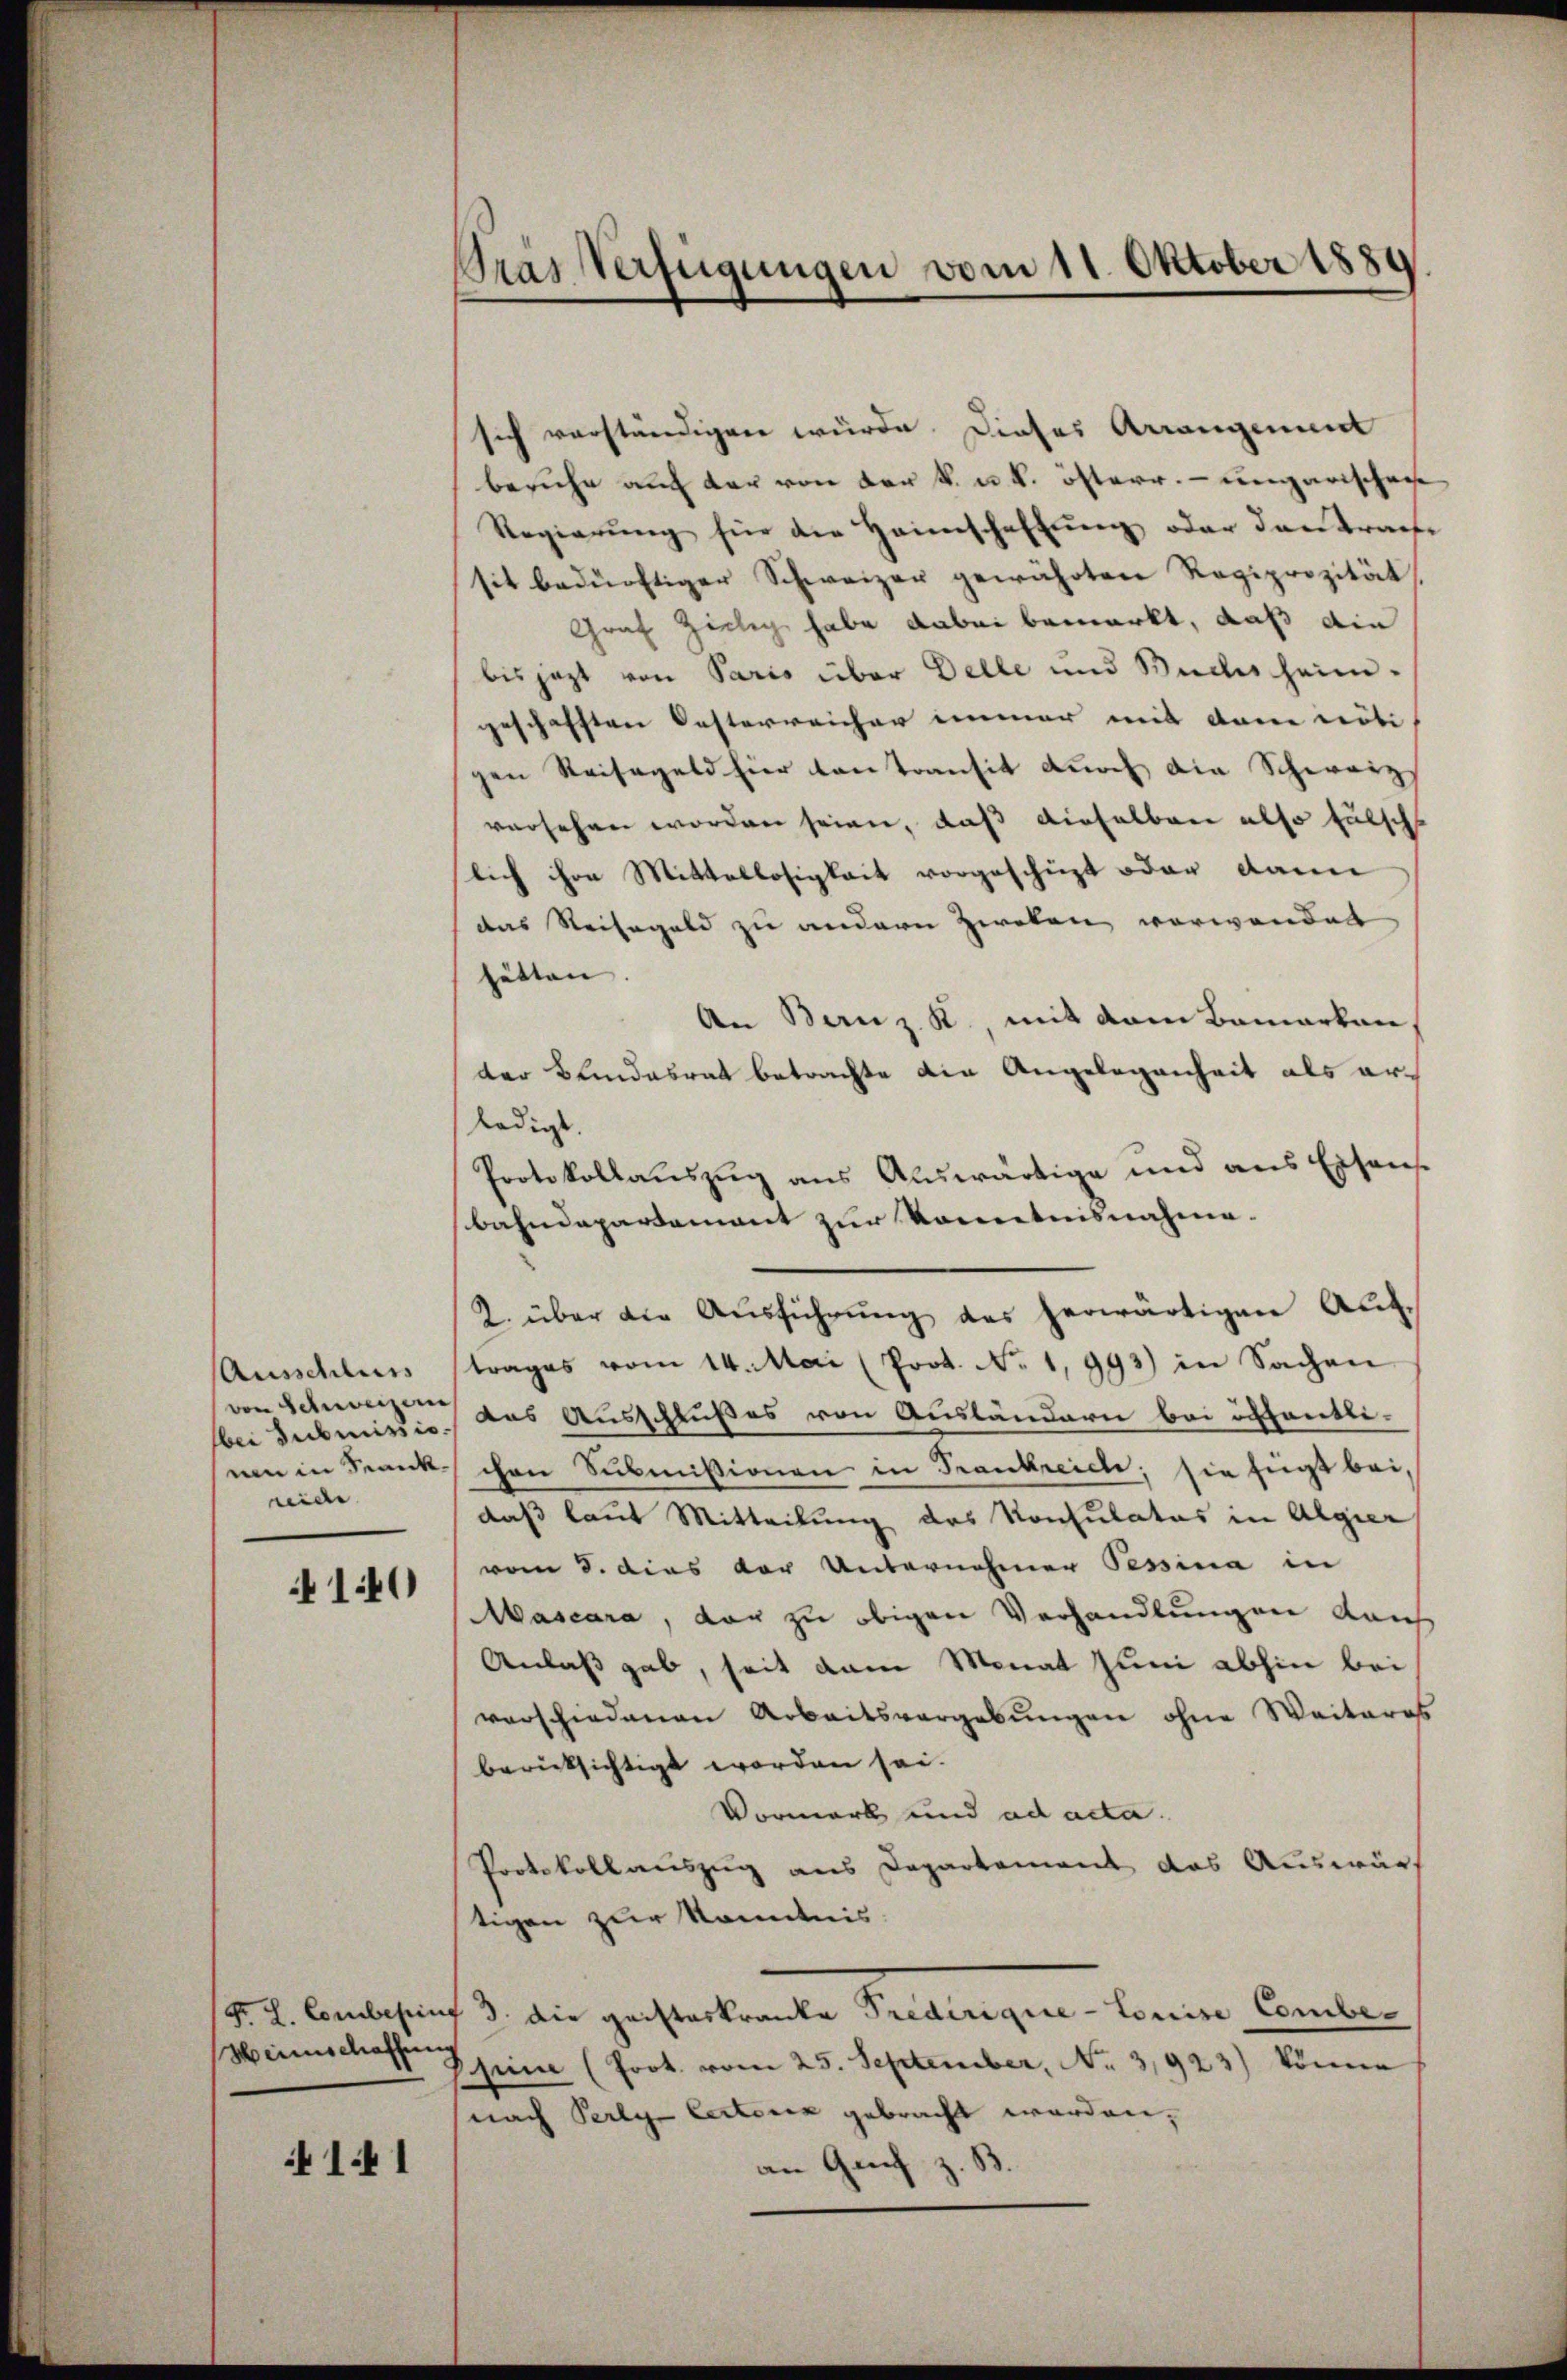
Ausschluss
von Schweizern
bei Subruissio
un in Sank
nide

140

F. L. Combesing
Hirnschaffung

1.41

Pras Verfügungen vom 11. Oktober 1889

sich vorständigen würde. Dieses Arrangenunt
beruhe auf der von der k. u. k. österr. ungarischen
Regierŭng für die Heimschaftung oder den trache
sit bedürftiger Schweizer gewährten Ragiprozität
Graf Zichy habe dabei bemerkt, daß ein
bis jezt von Paris über Delle und Buches heim.
geschafften Oesterreicher immer mit dem nöti
gen Reisegeld hier contransit durch die Schweiz
versehen worden seien, daß dieselben also fälsch
lich ihre Mittellosigkeit vorgeschieht oder dann
das Reisegeld zu andern Zweken verwendet
hätten. |
An Banz K. mit dem Bamarkan
der Bundesrat betrachte die Angelegenheit als erledigt
Protokollauszug aus Auswärtige und aus Eisens
bahndepartement zur Kenntnisnahme¬
2. über die Aŭsführŭng des herwärtigen Auf-
trages vom 14. Mai (Prot. No 1,993) in Sachen
das Ausschlußes von Ausländern bei öffentlichen Submissionen in Frankreiche; sie fügt bei,
daß laut Mitteilung des Konsulatus in Algier
vom 8. dies der Unternehmen Pessina in
Mascara, dar zu obigen Verhandlungen Rauch
Anlaß gab, seit dem Monat Juni abhin bei
verschiedenen Arbeitsvergebungen ohne Weiteres
berücksichtigt worden sei.
Vormerk und ad acta.
Protokollauszug aus Departement das Auswärt
tigen zur Kenntnis
/3. die geisteskranke Predirigie-Louise Combe-
hin (Prot. vom 25. September, No 3,923) könne
nach Perly Cectorik gebracht worden,
an Genf z. B.